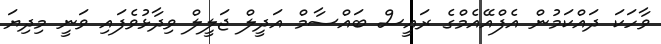
ވާހަކަ ދައްކަމުން އެފްއޭއެމްގެ ރައީސް ބައްސާމް އަދީލް ޖަލީލް ވިދާޅުވެފައި ވަނީ މިދިޔަ